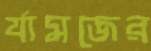
র‍্যামজের